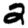
Digit: 2